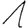
Digit: 1